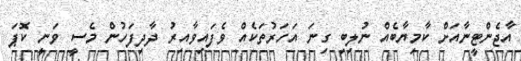
އާޖެންޓީނާއަށް ކާމިޔާބެއް ނުލިބި ގިނަ އަހަރުތަކެއް ވެފައިވާއިރު ދާދިފަހުން މެސީ ވަނީ ކޮޕަ